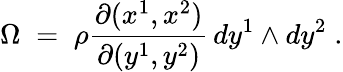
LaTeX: \Omega\; =\; \rho\frac{\partial(x^{1},x^{2})}{\partial(y^{1},y^{2})}\, dy^{1}\land dy^{2}\; .